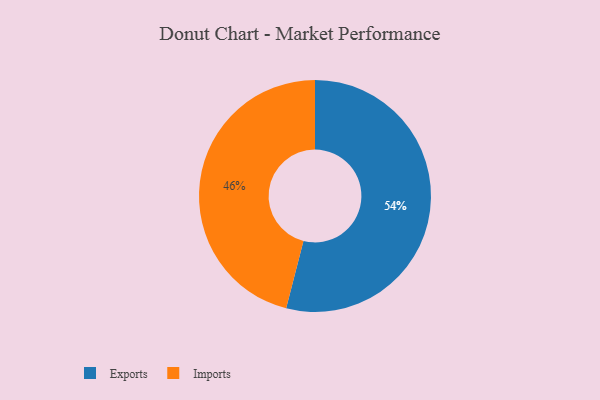
{"axis": {"x": "Category", "y": "Percentage"}, "legend": ["Exports", "Imports"], "data": [{"x": "Imports", "y": 46, "type": "Imports"}, {"x": "Exports", "y": 54, "type": "Exports"}]}